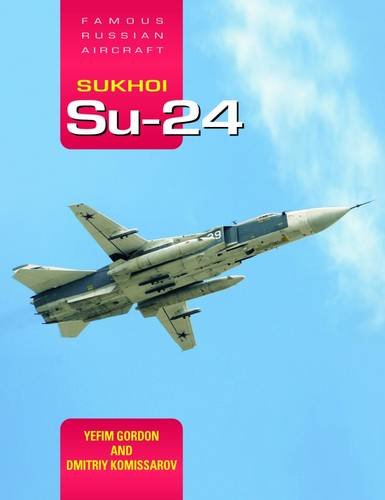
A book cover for Sukhoi Su-24: Famous Russian Aircraft; Yefim Gordon; History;